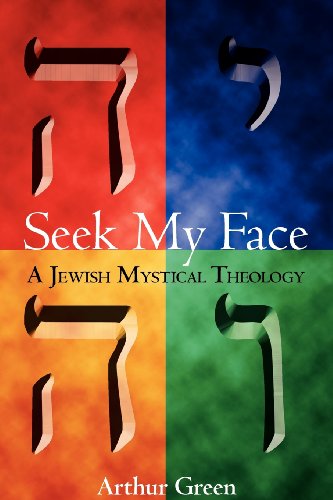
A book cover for Seek My Face: A Jewish Mystical Theology; Dr. Arthur Green; Religion & Spirituality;